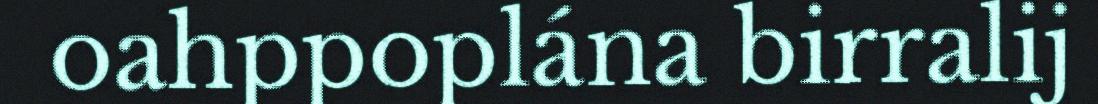
oahppoplána birralij